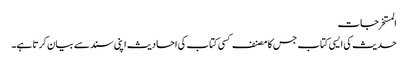
المستخرجات
حدیث کی ایسی کتاب جس کا مصنف کسی کتاب کی احادیث اپنی سند سے بیان کرتا ہے۔